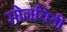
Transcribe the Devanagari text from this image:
सोनचिडी